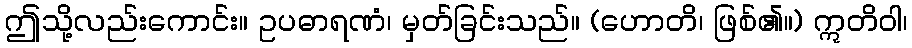
ဤသို့လည်းကောင်း။ ဥပဓာရဏံ၊ မှတ်ခြင်းသည်။ (ဟောတိ၊ ဖြစ်၏။) ဣတိဝါ၊